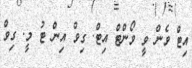
އިޓް ވެން ވީ ވޯންޓް އިޓް. ގިވް އިން ޓު މީ. ގިވް